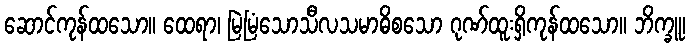
ဆောင်ကုန်ထသော။ ထေရာ၊ မြဲမြံသောသီလသမာဓိစသော ဂုဏ်ထူးရှိကုန်ထသော။ ဘိက္ခူ၊